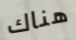
هناك